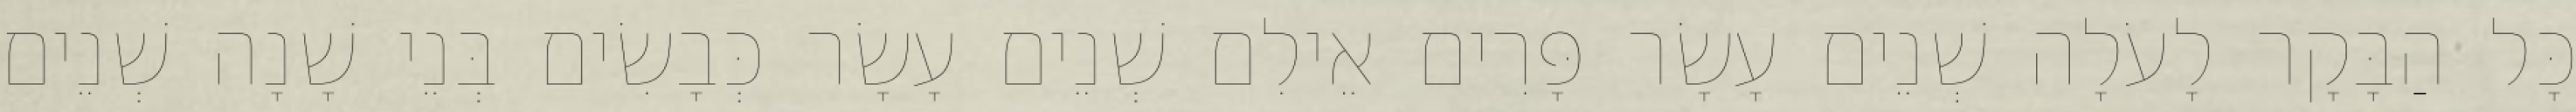
כָּל הַבָּקָר לָעֹלָה שְׁנֵים עָשָׂר פָּרִים אֵילִם שְׁנֵים עָשָׂר כְּבָשִׂים בְּנֵי שָׁנָה שְׁנֵים